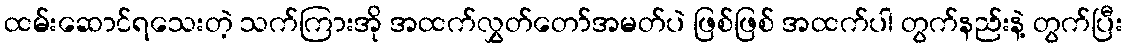
ထမ်းဆောင်ရသေးတဲ့ သက်ကြားအို အထက်လွှတ်တော်အမတ်ပဲ ဖြစ်ဖြစ် အထက်ပါ တွက်နည်းနဲ့ တွက်ပြီး